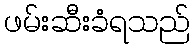
ဖမ်းဆီးခံရသည်